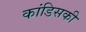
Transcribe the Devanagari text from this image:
कांडिसकी